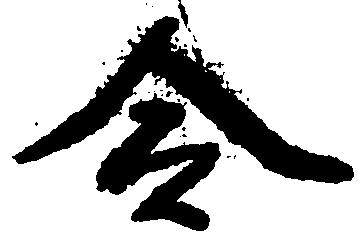
合